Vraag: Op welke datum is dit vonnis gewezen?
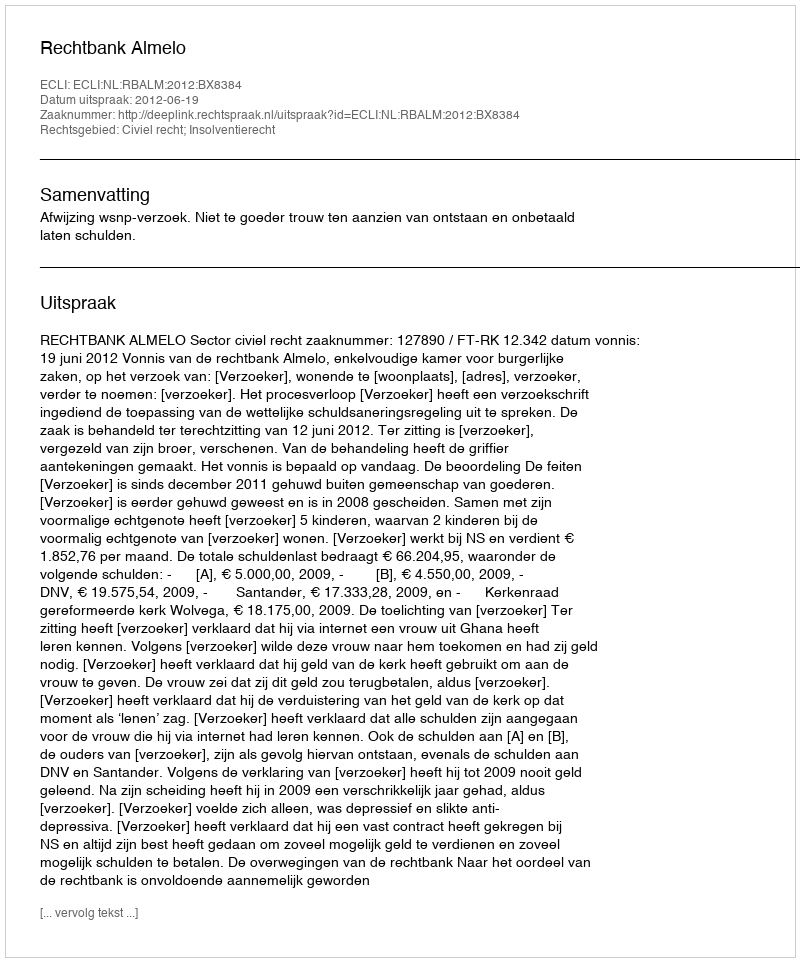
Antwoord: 2012-06-19